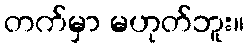
တက်မှာ မဟုတ်ဘူး။